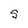
Character: S